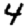
Digit: 4